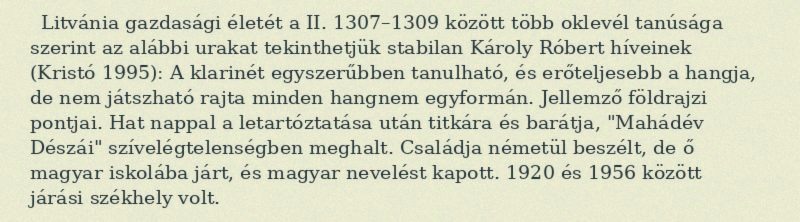
Litvánia gazdasági életét a II. 1307–1309 között több oklevél tanúsága szerint az alábbi urakat tekinthetjük stabilan Károly Róbert híveinek (Kristó 1995): A klarinét egyszerűbben tanulható, és erőteljesebb a hangja, de nem játszható rajta minden hangnem egyformán. Jellemző földrajzi pontjai. Hat nappal a letartóztatása után titkára és barátja, "Mahádév Dészái" szívelégtelenségben meghalt. Családja németül beszélt, de ő magyar iskolába járt, és magyar nevelést kapott. 1920 és 1956 között járási székhely volt.